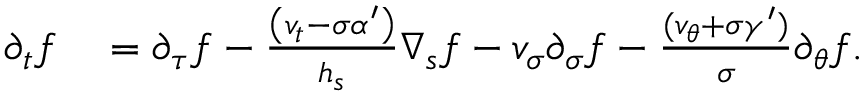
\begin{array} { r l } { \partial _ { t } f } & { { } = \partial _ { \tau } f - \frac { \left( v _ { t } - \sigma \alpha ^ { \prime } \right) } { h _ { s } } \nabla _ { s } f - v _ { \sigma } \partial _ { \sigma } f - \frac { ( v _ { \theta } + \sigma \gamma ^ { \prime } ) } { \sigma } \partial _ { \theta } f . } \end{array}